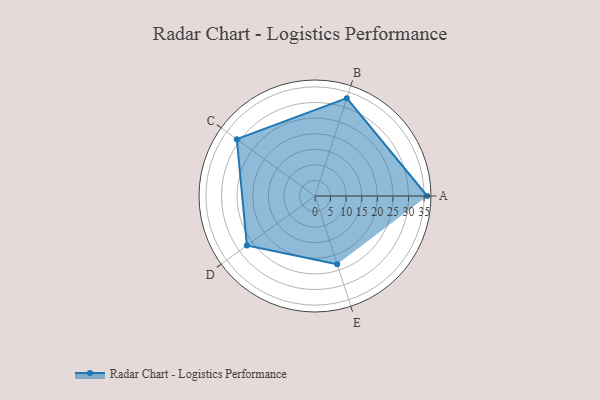
{"axis": {"x": "Skill", "y": "Score"}, "legend": ["Profile"], "data": [{"x": "A", "y": 36.0, "type": "Profile"}, {"x": "B", "y": 33.0, "type": "Profile"}, {"x": "C", "y": 31.0, "type": "Profile"}, {"x": "D", "y": 27.0, "type": "Profile"}, {"x": "E", "y": 23.0, "type": "Profile"}]}